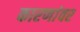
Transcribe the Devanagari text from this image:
कारणांवर